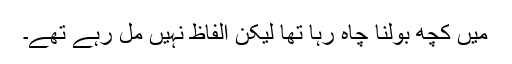
میں کچھ بولنا چاہ رہا تھا لیکن الفاظ نہیں مل رہے تھے۔